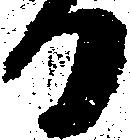
日